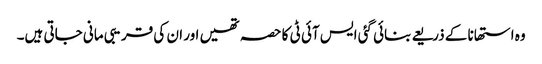
وہ استھانا کے ذریعے بنائی گئی ایس آئی ٹی کا حصہ تھیں اور ان کی قریبی مانی جاتی ہیں۔